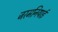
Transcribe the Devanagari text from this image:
जरमनियाई